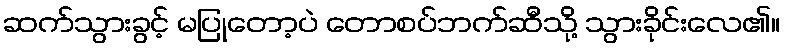
ဆက်သွားခွင့် မပြုတော့ပဲ တောစပ်ဘက်ဆီသို့ သွားခိုင်းလေ၏။